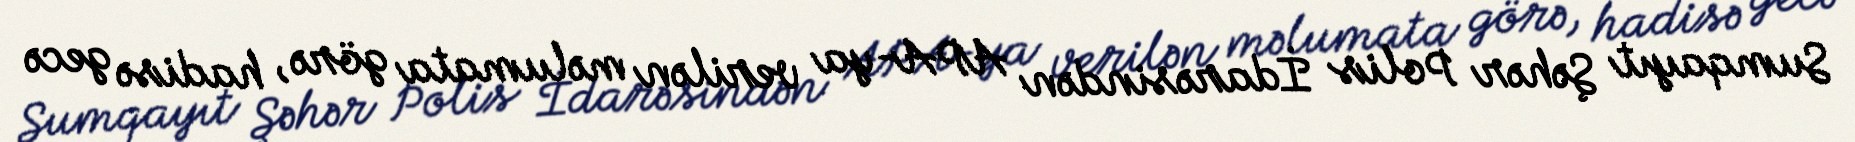
Sumqayıt Şəhər Polis İdarəsindən APA-ya verilən məlumata görə, hadisə gecə